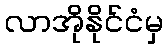
လာအိုနိုင်ငံမှ